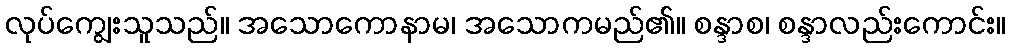
လုပ်ကျွေးသူသည်။ အသောကောနာမ၊ အသောကမည်၏။ စန္ဒာစ၊ စန္ဒာလည်းကောင်း။